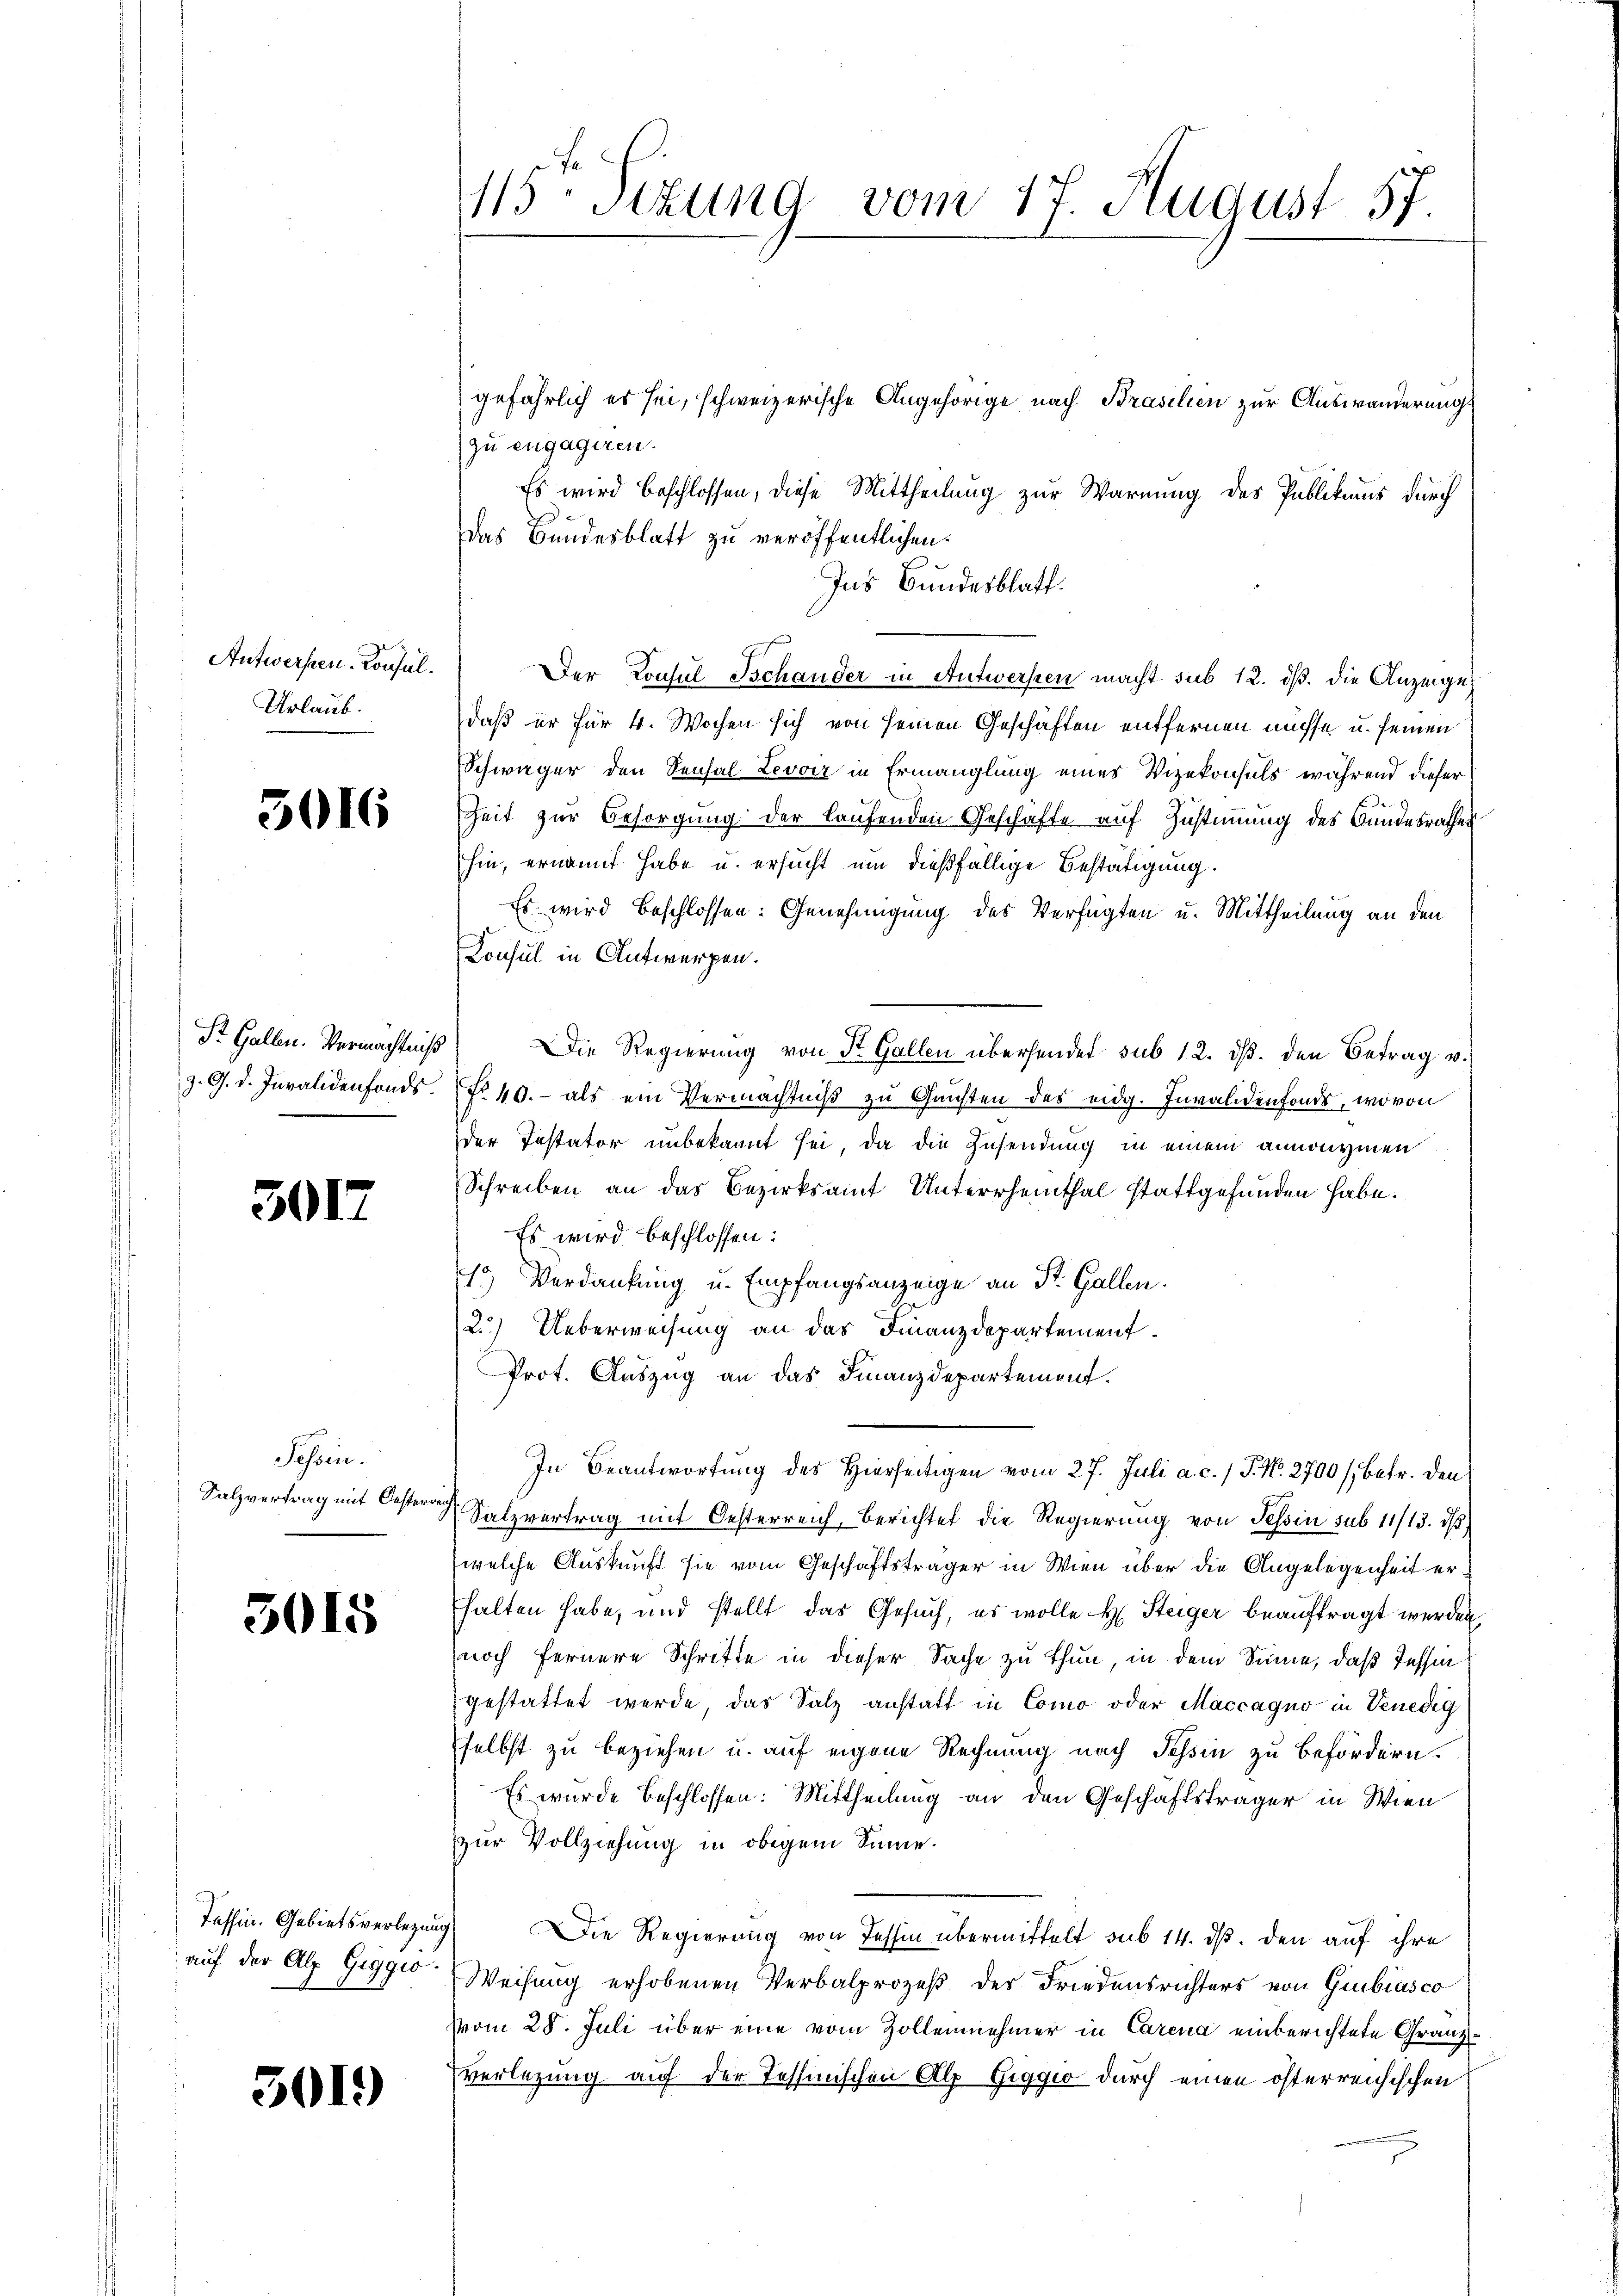
Antwerfen. Konsul
Urlaub.

5016

St. Gallen. Vermächtniß
z. G. d. Invalidenfonds.

301.

Sessen.
Salzvertrag mit Oester

5015

Tessin. Gebietsverlegung
auf der Alp Giggio.

5019

115: Setzung vom 17. August 57.

gefährlich es sei, schweizerische Angehörige nach Brasilien zur Auswanderung
zu engagiren.
Es wird beschlossen, diese Mittheilung zur Warnung des Publikums durch
Das Bundesblatt zu veröffentlichen
Ins Bundesblatt.
Der Consul Schander in Antwersten macht sub 12. dß. die Anzeige
daß er für 4. Wochen sich von seinen Geschäften entfernen müsse u. seinen
Schwager den Sensal Levoir in Ermanglung eines Vizekonsuls während dieser
Zeit zur Besorgung der laufenden Geschäfte auf Zustimmung des Bundesrathes
hin, ernannt habe u. ersucht um dießfällige Bestätigung.
Es wird beschlossen: Genehmigung des Verfügten u. Mittheilung an den
Konsul in Antworfen.
3) Die Regierŭng von St. Gallen übersendet sub 12. dβ. den Betrag u.
No 40. - als ein Vermächtniß zu Gunsten des eidg. Invalidenfonds, wovon
der Testator unbekannt sei, da die Zusendung in einem annonymen
Schreiben an das Bezirksamt Unterrheinthal stattgefunden habe.
Es wird beschlossen:
15) Verdankung u. Empfangsanzeige an St. Gallen.
2.) Ueberweisung an das Finanzdepartement.
Prot. Auszug an das Finanzdepartement.
In Beantwortung des Hierseitigen vom 27. Juli a. c. 1 P. No. 2700 /, betr. den
 Salzvertrag mit Oesterreich, Berichtet die Regierung von Tessin sub 11/13. dβ
welche Auskunft sie vom Geschäftsträger in Wien über die Angelegenheit erhalten habe, und stellt das Gesuch, es wolle H. Steiger beauftragt werden,
noch fernere Schritte in dieser Sache zu thun in dem Sinne, daß Tessin
gestattet werde, das Salz anstatt in Como oder Maccagno in Venedig
selbst zu beziehen u. auf eigene Rechnung nach Tessin zu befördern.
Es wurde beschlossen: Mittheilung an den Geschäftsträger in Wien
zur Vollziehung in obigem Sinne.
) Die Regierung von Tessin übermittelt sub 14. ds. den auf ihre
Weisung erhobenen Verbalprozeß der Friedensrichters von Giubiasco
vom 28. Juli über eine vom Zollenehmer in Carena einberichtete Granz¬
Verlegung auf der Tessinischen Alp Giggio durch einen österreichischen